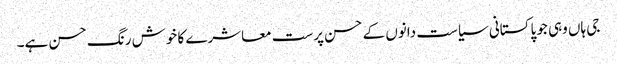
جی ہاں وہی جو پاکستانی سیاست دانوں کے حسن پرست معاشرے کا خوش رنگ حسن ہے۔